Lunatic asylums in Bengal annual reports 1888-1898 - 1888-1898
Year: 1888
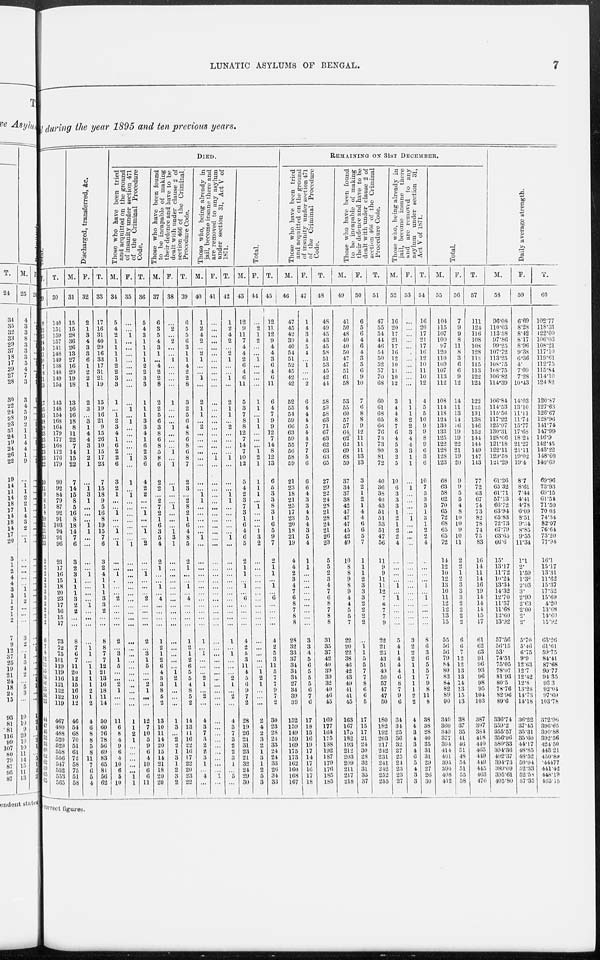
LUNATIC ASYLUMS OF BENGAL.
7
l during the year 1895 and ten previous years.
Total.
F.
29
9
12
13
14
14
11
10
7
8
11
13
17
15
13
18
18
23
23
25
23
13
22
10
11
9
6
5
8
10
11
11
13
13
2
2
2
2
3
3
3
3
2
2
2
6
7
8
12
13
15
16
16
15
16
15
44
47
45
52
53
60
62
62
69
65
65
T.
30
140
151
159
157
141
148
149
138
148
149
154
143
148
154
168
164
179
177
168
172
176
179
90
92
84
79
87
92
91
103
94
91
96
21
17
16
15
18
20
23
17
16
15
17
73
72
75
101
119
119
116
121
122
122
119
467
480
488
520
529
558
556
547
552
553
565
Discharged, transferred, &c.
M.
31
15
15
28
36
26
13
27
16
29
19
18
13
16
16
18
8
11
22
7
14
15
22
7
14
15
8
5
16
8
18
14
7
6
3
2
3
1
1
1
3
2
2
...
...
8
7
6
7
11
20
12
15
16
10
12
46
54
68
70
51
61
72
58
75
51
58
F.
32
2
1
3
4
3
3
6
1
2
2
1
2
3
...
3
1
4
4
3
1
2
1
...
1
3
1
...
...
...
1
1
...
...
...
...
1
...
...
...
...
1
...
...
...
...
1
1
...
1
1
1
1
2
1
2
4
6
8
8
5
8
11
7
6
5
4
T.
33
17
16
31
40
29
16
33
17
31
21
19
15
19
16
21
9
15
26
10
15
17
23
7
15
18
9
5
16
8
19
15
7
6
3
2
4
1
1
1
3
3
2
...
...
8
8
7
7
12
21
13
16
18
11
14
50
60
76
78
56
69
83
65
81
56
62
DIED.
Those who have been tried
and acquitted on the ground
of insanity under section 471
of the Criminal Procedure
Code.
M.
34
5
4
2
1
1
1
1
2
2
3
3
1
...
1
2
3
4
1
6
2
2
6
3
2
1
...
...
1
...
...
1
...
1
...
...
1
...
...
...
2
...
...
...
...
2
...
3
1
5
...
...
2
1
...
...
11
6
8
4
9
6
4
10
6
5
10
F.
35
...
...
1
...
...
...
...
...
...
...
...
...
1
...
1
...
...
...
...
...
1
...
1
...
1
...
...
...
...
...
...
...
1
...
...
...
...
...
...
...
...
...
...
...
...
...
...
...
...
...
...
...
...
...
...
1
1
2
1
...
...
...
...
...
1
1
T.
36
5
4
3
1
1
1
1
2
2
3
3
1
1
1
3
3
4
1
6
2
3
6
4
2
2
...
...
1
...
...
1
...
2
...
...
1
...
...
...
2
...
...
...
...
2
...
3
1
5
...
...
2
1
...
...
12
7
10
5
9
6
4
10
6
6
11
Those who have been found
to be incapable of making
their defence and have to be
dealt with under clause 2 of
section 466 of the Criminal
Procedure Code.
M.
37
6
3
5
4
3
1
...
4
2
2
8
2
2
5
6
3
8
6
8
5
8
6
2
2
...
2
7
2
1
6
3
5
4
2
1
...
...
1
...
4
...
...
...
...
1
2
1
2
6
4
3
3
8
5
2
13
10
11
14
20
15
14
21
18
20
20
F.
38
...
2
...
2
...
...
1
...
...
...
...
1
...
...
...
1
...
...
...
1
...
1
...
1
...
...
1
...
...
...
1 3
1
...
...
...
...
...
...
...
...
...
...
...
...
...
...
...
...
1
2
1
...
...
...
1
3
...
2
2
1
3
1
2
3
2
T.
39
6
5
5
6
3
1
1
4
2
2
8
3
2
5
6
4
8
6
8
6
8
7
2
3
...
2
8
2
1
6
4
8
5
2
1
...
...
1
...
4
...
...
...
...
1
2
1
2
6
5
5
4
8
5
2
14
13
11
16
22
16
17
22
20
23
22
Those who, being already in
jail, become insane there and
are removed to any asylum
under section 31, Act V of
1871.
M.
40
1
2
4
2
...
2
1
...
...
1
...
2
1
1
...
2
...
...
...
...
...
...
...
...
1
1
...
...
...
...
...
1
...
...
...
...
...
...
...
...
...
...
...
...
1
...
1
...
...
...
2
1
...
2
...
4
3
7
3
2
2
3
1
...
4
...
F.
41
...
...
...
...
...
...
...
...
...
...
...
...
...
...
...
...
...
...
...
...
1
...
...
...
...
...
...
...
...
...
...
...
...
...
...
...
...
...
...
...
...
...
...
...
...
...
...
...
...
...
...
...
...
...
...
...
...
...
...
...
...
...
...
...
1
...
T.
42
1
2
4
2
...
2
1
...
...
1
...
2
1
1
...
2
...
...
...
...
1
...
...
...
1 1
...
...
...
...
...
1
...
...
...
...
...
...
...
...
...
...
...
...
1
...
1
...
...
...
2
1
...
2
...
4
3
7
3
2
2
3
1
...
5
...
Total.
M.
43
12
9
11
7
4
4
2
6
4
6
11
5
3
7
8
8
12
7
14
7
10
12
5
4
2
3
7
3
1
6
4
6
5
2
1
1
...
1
...
6
...
...
...
...
4
2
5
3
11
4
5
6
9
7
2
28
19
26
21
31
23
21
32
24
29
30
F.
44
...
2
1
2
...
...
1
...
...
...
...
1
1
...
1
1
...
...
...
1
2
1
1
1
1
...
1
...
...
...
1
3
2
...
...
...
...
...
...
...
...
...
...
...
...
...
...
...
...
1 2
1
...
...
...
2
4
2
3
2
1
3
1
2
5
3
T.
45
12
11
12
9
4
4
3
6
4
6
11
6
4
7
9
9
12
7
14
8
12
13
6
5
3
3
8
3
1
6
5
9
7
2
1
1
...
1
...
6
...
...
...
...
4
2
5
3
11
5
7
7
9
7
2
30
23
28
24
33
24
24
33
20
34
33
REMAINING ON 31ST DECEMBER.
Those who have been tried
and acquitted on the ground
of insanity under section 471
of the Criminal Procedure
Code.
M.
46
47
45
42
39
40
54
51
52
45
42
42
52
55
54
59
66
63
59
55
56
58
59
21
23
18
21
25
17
23
20
18
21
19
4
4
2
3
4
7
6
8
7
8
8
28
32
33
37
34
34
34
27
34
39
39
152
159
149
159
169
175
173
162
160
168
167
F.
47
1
4
3
4
5
4
...
1
...
...
2
6
4
4
4
5
4
4
7
7
5
6
6
6
4
3
3
4
5
4
3
5
4
1
1
...
...
...
...
...
...
...
...
...
3
3
4
5
6
5
5
5
6
7
6
17
18
15
16
19
17
14
17
16
17
18
T.
48
48
49
45
43
45
58
51
53
45
42
44
58
59
58
63
71
67
63
62
63
63
65
27
29
22
24
28
21
28
24
21
26
23
5
5
2
3
4
7
6
8
7
8
8
31
35
37
42
40
39
39
32
40
46
45
169
177
164
175
188
192
187
179
176
185
185
Those who have been found
to be incapable of making
their defence and have to be
dealt with under clause 2 of
section 466 of the Criminal
Procedure Code.
M.
49
41
50
48
40
40
50
47
47
51
61
58
53
55
60
57
57
64
62
62
69
68
59
37
34
37
38
42
47
47
47
45
42
49
10
8
8
9
8
9
4
4
5
5
7
22
20
22
38
46
42
43
49
41
41
45
163
167
175
182
193
212
203
209
211
217
218
F.
50
6
5
6
4
6
4
3
5
6
9
10
7
6
8
8
9
12
11
11
11
13
13
3
2
1
2
1
4
4
6
6
5
7
1
1
1
2
3
3
3
2
2
2
2
...
1 1
5
5
7
7
8
6
6
5
17
15
17
21
24
30
28
32
31
35
37
T.
51
47
55
54
44
46
54
50
52
57
70
68
60
61
68
65
66
76
73
73
80
81
72
40
36
38
40
43
51
51
53
51
47
56
11
9
9
11
11
12
7
6
7
7
9
22
21
23
43
51
49
50
57
47
47
50
180
182
192
203
217
242
231
241
242
252
255
Those who, being already in
jail, become insane there
and are removed to any
asylum under section 31,
Act V of 1871.
M.
52
16
20
17
21
17
10
12
10
11
10
12
3
4
4
8
7
6
4
5
3
2
5
10
6
3
3
3
1
2
1
2
2
4
...
...
...
...
1
...
1
...
...
...
...
5
4
1
4
4
4
6
8
7
9
6
34
34
25
36
32
27
25
24
23
23
27
F.
53
...
...
...
...
...
...
...
...
...
...
...
1
1
1
2
2
3
4
4
3
1
1
...
1
...
...
...
...
1
...
...
...
...
...
...
...
...
...
...
...
...
...
...
...
3
2
2
2
1
1
1
1
1
2
2
4
4
3
4
3
4
6
5
4
3
3
T.
54
16
20
17
21
17
10
12
10
11
10
12
4
5
5
10
9
9
8
9
6
3
6
10
7
3
3
3
1
3
1
2
2
4
...
...
...
...
1
...
1
...
...
...
...
8
6
3
6
5
5
7
9
8
11
8
38
38
28
40
35
31
31
29
27
26
30
Total.
M.
55
104
115
107
100
97
120
110
109
107
113
112
108
114
118
124
130
133
125
122
128
128
123
68
63
58
62
70
65
72
68
65
65
72
14
12
10
12
13
16
11
12
12
13
15
55
56
56
79
84
80
83
84
82
89
90
349
360
349
377
394
414
401
395
394
408
412
F.
56
7
9
9
8
11
8
3
6
6
9
12
14
11
13
14
16
19
19
22
21
19
20
9
9
5
5
4
8
10
10
9
10
11
2
2
1
2
3
3
3
2
2
2
2
6
6
7
12
12
13
13
14
13
15
13
38
37
35
41
46
51
48
54
51
55
58
T.
57
111
124
116
108
108
128
113
115
113
122
124
122
125
131
138
146
152
144
144
149
147
143
77
72
63
67
74
73
82
78
74
75
83
16
14
11
14
16
19
14
14
14
15
17
61
62
63
91
96
93
96
98
95
104
103
387
397
384
418
440
465
449
449
445
463
470
Daily average strength.
M.
58
96.08
110.03
113.58
97.86
99.25
107.72
113.25
108.75
108.75
106.82
114.39
106.84
114.53
115.56
117.22
125.97
130.31
128.66
121.18
122.11
129.58
121.29
61.26
65.32
61.71
57.13
66.72
63.94
65.83
72.73
67.79
63.65
66.6
15.
13.17
11.72
10.24
13.34
14.32
12.70
11.57
11.68
12.60
13.92
57.56
56.15
53.
74.51
75.05
78.07
81.93
80.5
78.76
82.96
89.6
336.74
359.2
355.57
356.96
380.33
394.36
402.37
394.73
389.09
395.61
405.80
F.
59
6.69
8.28
8.42
8.17
8.96
9.38
6.36
4.
7.09
7.28
10.43
14.03
13.10
11.11
11.74
15.77
17.68
18.24
21.27
21.11
19.02
19.4
8.7
8.61
7.44
4.41
4.78
6.09
8.51
9.34
8.85
9.55
11.34
1.1
2.
1.59
1.38
2.03
3.
2.99
2.63
2.00
2.
2.
5.70
5.46
6.75
9.9
12.63
12.7
12.42
12.8
13.28
14.73
14.18
36.22
37.45
35.31
35.60
44.17
48.85
48.52
50.04
52.33
52.58
57.35
T.
60
102.77
118.31
122.00
106.03
108.21
117.10
119.61
112.75
115.84
114.10
124.82
120.87
127.63
126.67
123.96
141.74
147.99
146.9
142.45
143.22
148.60
140.69
69.96
73.93
69.15
61.54
71.50
70.03
74.34
82.07
76.64
73.20
77.94
16.1
15.17
13.31
11.62
15.37
17.32
15.69
4.20
13.68
14.60
15.92
63.26
61.61
59.75
84.41
87.68
90.77
94.35
93.3
92.04
97.69
103.78
372.96
396.65
390.88
392.56
424.50
443.21
450.89
444.77
441.42
448.19
463.15
correct figures.